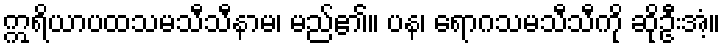
ဣရိယာပထသမသီသီနာမ၊ မည်၏။ ပန၊ ရောဂသမသီသီကို ဆိုဦးအံ့။